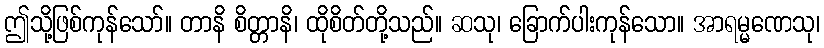
ဤသို့ဖြစ်ကုန်သော်။ တာနိ စိတ္တာနိ၊ ထိုစိတ်တို့သည်။ ဆသု၊ ခြောက်ပါးကုန်သော။ အာရမ္မဏေသု၊